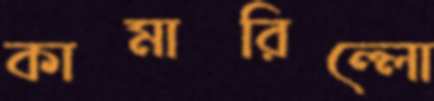
কামারিল্লো